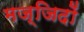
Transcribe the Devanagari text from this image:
मज्जिदों